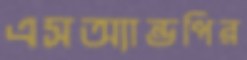
এসঅ্যান্ডপির